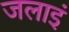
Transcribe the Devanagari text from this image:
जलाइं